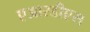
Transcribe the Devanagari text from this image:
एआरडीएस